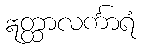
ဣတ္ထာလင်္ကာရံ